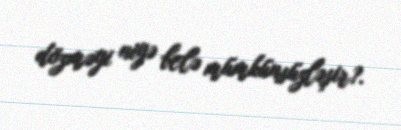
dözməyi niyə belə mümkünsüzləşir?.